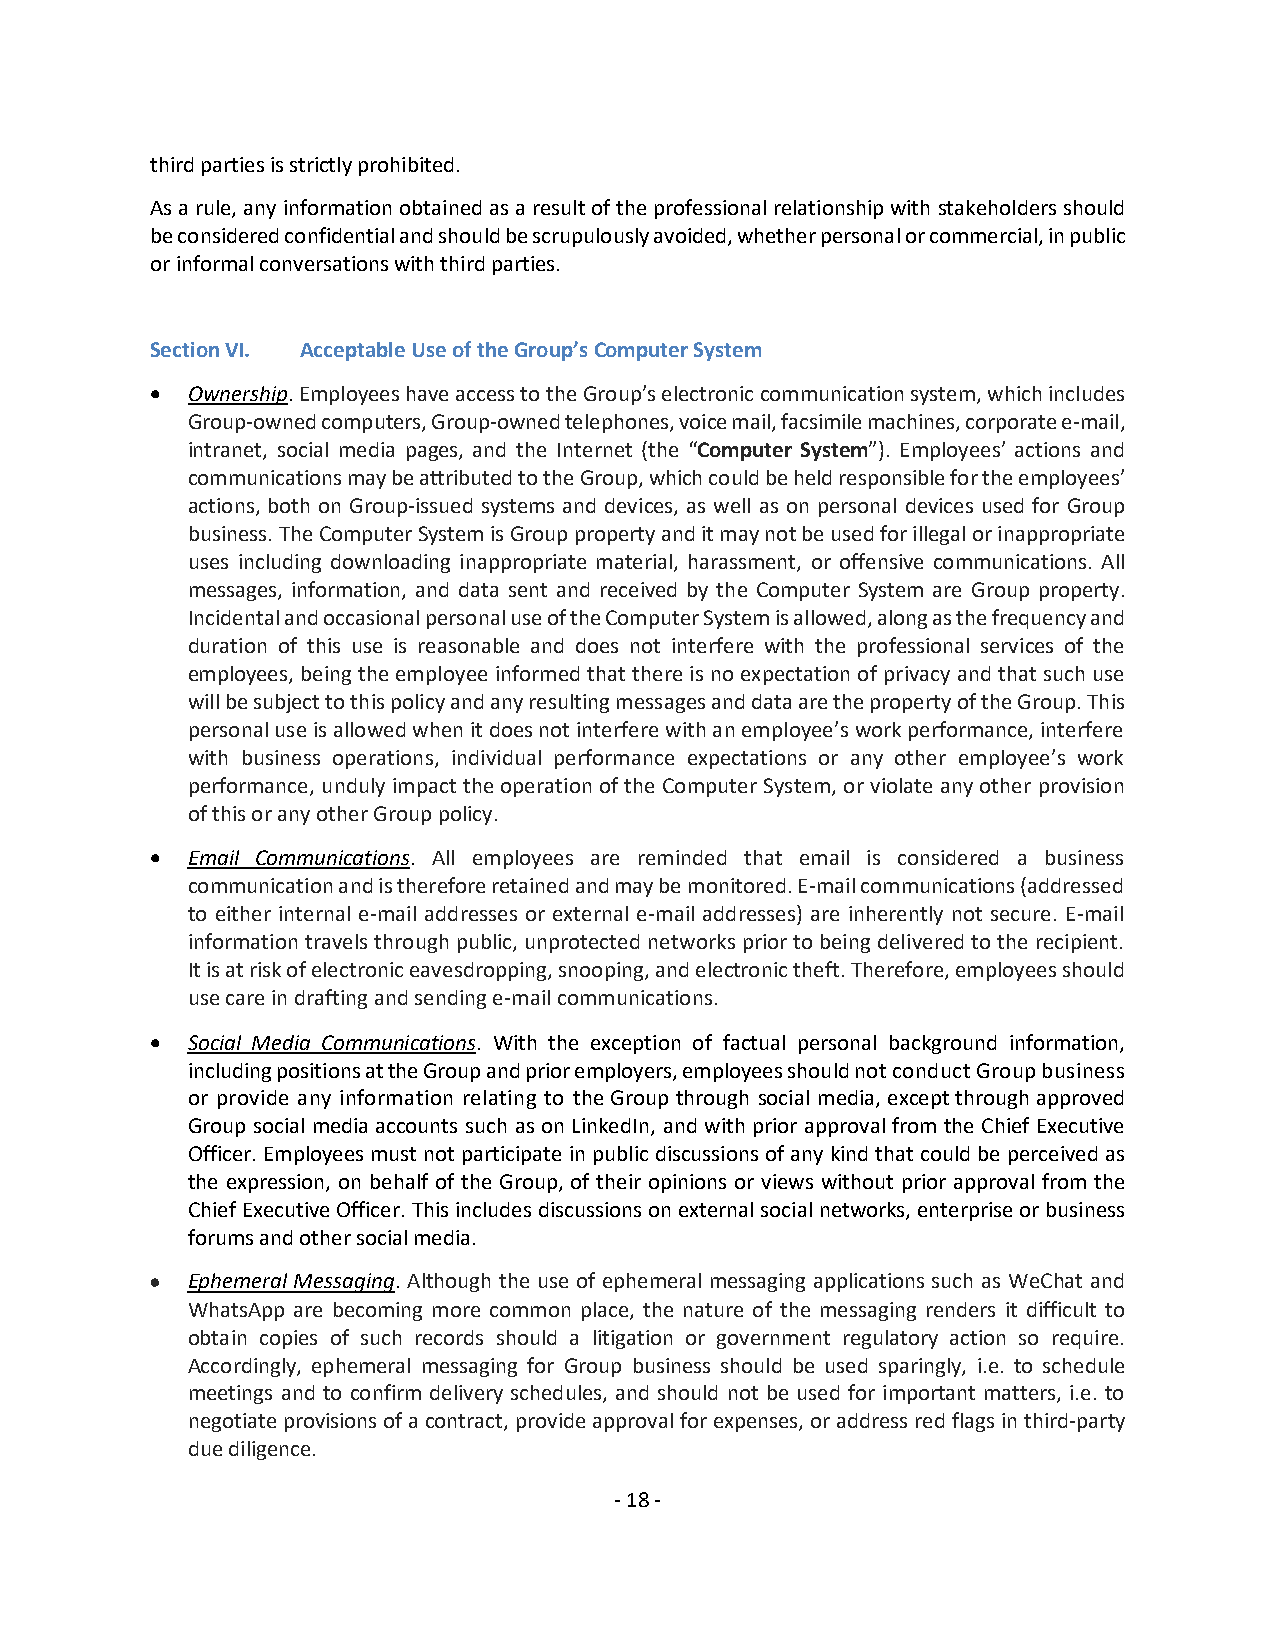
third parties is strictly prohibited.
 As a rule, any information obtained as a result of the professional relationship with stakeholders should
 be considered confidential and should be scrupulously avoided, whether personal or commercial, in public
 or informal conversations with third parties.
 Section VI. Acceptable Use of the Group’s Computer System
 • Ownership. Employees have access to the Group’s electronic communication system, which includes
 Group-owned computers, Group-owned telephones, voice mail, facsimile machines, corporate e-mail,
 intranet, social media pages, and the Internet (the “Computer System”). Employees’ actions and
 communications may be attributed to the Group, which could be held responsible for the employees’
 actions, both on Group-issued systems and devices, as well as on personal devices used for Group
 business. The Computer System is Group property and it may not be used for illegal or inappropriate
 uses including downloading inappropriate material, harassment, or offensive communications. All
 messages, information, and data sent and received by the Computer System are Group property.
 Incidental and occasional personal use of the Computer System is allowed, along as the frequency and
 duration of this use is reasonable and does not interfere with the professional services of the
 employees, being the employee informed that there is no expectation of privacy and that such use
 will be subject to this policy and any resulting messages and data are the property of the Group. This
 personal use is allowed when it does not interfere with an employee’s work performance, interfere
 with business operations, individual performance expectations or any other employee’s work
 performance, unduly impact the operation of the Computer System, or violate any other provision
 of this or any other Group policy.
 • Email Communications. All employees are reminded that email is considered a business
 communication and is therefore retained and may be monitored. E‐mail communications (addressed
 to either internal e‐mail addresses or external e‐mail addresses) are inherently not secure. E‐mail
 information travels through public, unprotected networks prior to being delivered to the recipient.
 It is at risk of electronic eavesdropping, snooping, and electronic theft. Therefore, employees should
 use care in drafting and sending e‐mail communications.
 • Social Media Communications. With the exception of factual personal background information,
 including positions at the Group and prior employers, employees should not conduct Group business
 or provide any information relating to the Group through social media, except through approved
 Group social media accounts such as on LinkedIn, and with prior approval from the Chief Executive
 Officer. Employees must not participate in public discussions of any kind that could be perceived as
 the expression, on behalf of the Group, of their opinions or views without prior approval from the
 Chief Executive Officer. This includes discussions on external social networks, enterprise or business
 forums and other social media.
 • Ephemeral Messaging. Although the use of ephemeral messaging applications such as WeChat and
 WhatsApp are becoming more common place, the nature of the messaging renders it difficult to
 obtain copies of such records should a litigation or government regulatory action so require.
 Accordingly, ephemeral messaging for Group business should be used sparingly, i.e. to schedule
 meetings and to confirm delivery schedules, and should not be used for important matters, i.e. to
 negotiate provisions of a contract, provide approval for expenses, or address red flags in third-party
 due diligence.
 - 18 -